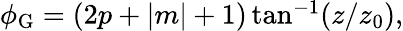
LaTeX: \begin{array}{r}{\phi_{\mathrm{G}}=(2p+|m|+1)\tan^{-1}(z/z_{0}),}\end{array}